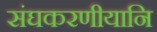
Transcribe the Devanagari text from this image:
संघकरणीयानि